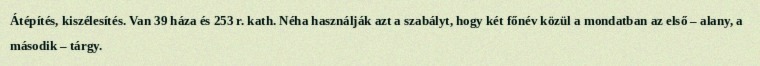
Átépítés, kiszélesítés. Van 39 háza és 253 r. kath. Néha használják azt a szabályt, hogy két főnév közül a mondatban az első – alany, a második – tárgy.